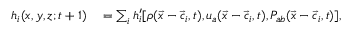
\begin{array} { r l } { h _ { i } ( x , y , z ; t + 1 ) } & { { } = \sum _ { i } h _ { i } ^ { \prime } [ \rho ( \vec { x } - \vec { c } _ { i } , t ) , u _ { a } ( \vec { x } - \vec { c } _ { i } , t ) , P _ { a b } ( \vec { x } - \vec { c } _ { i } , t ) ] , } \end{array}